Indian journal of veterinary science and animal husbandry - Volume 10,
Year: 1940
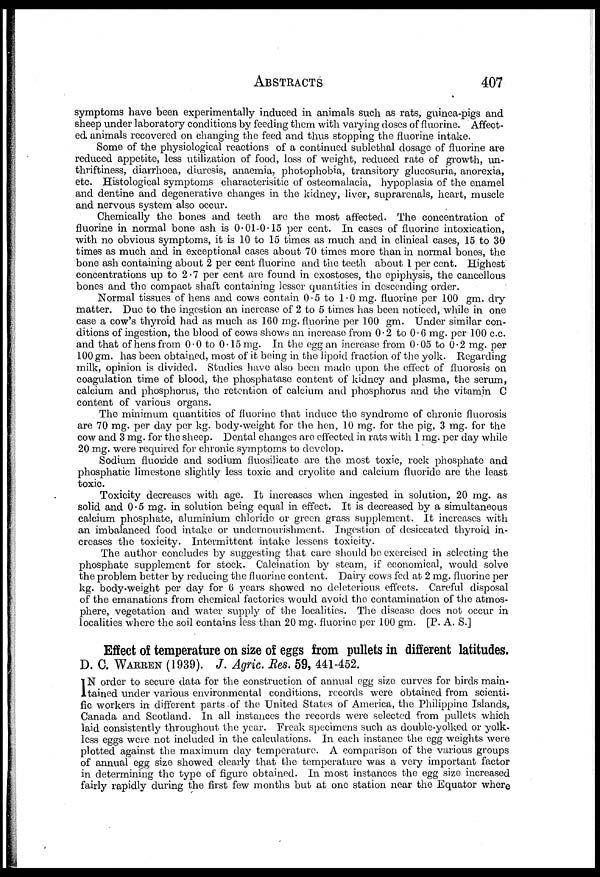
ABSTRACTS 407
symptoms have been experimentally induced in animals such as rats, guinea-pigs and
sheep under laboratory conditions by feeding them with varying doses of fluorine. Affect-
ed animals recovered on changing the feed and thus stopping the fluorine intake.
Some of the physiological reactions of a continued sublethal dosage of fluorine are
reduced appetite, less utilization of food, loss of weight, reduced rate of growth, un¬
thriftiness, diarrhoea, diuresis, anaemia, photophobia, transitory glucosuria, anorexia,
etc. Histological symptoms characteristic of osteomalacia, hypoplasia of the enamel
and dentine and degenerative changes in the kidney, liver, suprarenals, heart, muscle
and nervous system also occur.
Chemically the bones and teeth are the most affected. The concentration of
fluorine in normal bone ash is 0.01-0.15 per cent. In cases of fluorine intoxication,
with no obvious symptoms, it is 10 to 15 times as much and in clinical cases, 15 to 30
times as much and in exceptional cases about 70 times more than in normal bones, the
bone ash containing about 2 per cent fluorine and the teeth about 1 per cent. Highest
concentrations up to 2.7 per cent are found in exostoses, the epiphysis, the cancellous
bones and the compact shaft containing lesser quantities in descending order.
Normal tissues of hens and cows contain 0.5 to 1.0 mg. fluorine per 100 gm. dry
matter. Due to the ingestion an increase of 2 to 5 times has been noticed, while in one
case a cow's thyroid had as much as 160 mg. fluorine per 100 gm. Under similar con-
ditions of ingestion, the blood of cows shows an increase from 0.2 to 0.6 mg. per 100 c.c.
and that of hens from 0.0 to 0.15 mg. In the egg an increase from 0.05 to 0.2 mg. per
100 gm. has been obtained, most of it being in the lipoid fraction of the yolk. Regarding
milk, opinion is divided. Studies have also been made upon the effect of fluorosis on
coagulation time of blood, the phosphatase content of kidney and plasma, the serum,
calcium and phosphorus, the retention of calcium and phosphorus and the vitamin C
content of various organs.
The minimum quantities of fluorine that induce the syndrome of chronic fluorosis
are 70 mg. per day per kg. body-weight for the hen, 10 mg. for the pig, 3 mg. for the
cow and 3 mg. for the sheep. Dental changes are effected in rats with 1 mg. per day while
20 mg. were required for chronic symptoms to develop.
Sodium fluoride and sodium fluosilicate are the most toxic, rock phosphate and
phosphatic limestone slightly less toxic and cryolite and calcium fluoride are the least
toxic.
Toxicity decreases with age. It increases when ingested in solution, 20 mg. as
solid and 0.5 mg. in solution being equal in effect. It is decreased by a simultaneous
calcium phosphate, aluminium chloride or green grass supplement. It increases with
an imbalanced food intake or undernourishment. Ingestion of desiccated thyroid in-
creases the toxicity. Intermittent intake lessens toxicity.
The author concludes by suggesting that care should be exercised in selecting the
phosphate supplement for stock. Calcination by steam, if economical, would solve
the problem better by reducing the fluorine content. Dairy cows fed at 2 mg. fluorine per
kg. body-weight per day for 6 years showed no deleterious effects. Careful disposal
of the emanations from chemical factories would avoid the contamination of the atmos-
phere, vegetation and water supply of the localities. The disease does not occur in
localities where the soil contains less than 20 mg. fluorine per 100 gm. [P. A. S.]
Effect of temperature on size of eggs from pullets in different latitudes.
D. C. WARREN (1939). J. Agric. Res. 59, 441-452.
I N order to secure data for the construction of annual egg size curves for birds main-
tained under various environmental conditions, records were obtained from scienti-
fic workers in different parts of the United States of America, the Philippine Islands,
Canada and Scotland. In all instances the records were selected from pullets which
laid consistently throughout the year. Freak specimens such as double-yolked or yolk¬
less eggs were not included in the calculations. In each instance the egg weights were
plotted against the maximum day temperature. A comparison of the various groups
of annual egg size showed clearly that the temperature was a very important factor
in determining the type of figure obtained. In most instances the egg size increased
fairly rapidly during the first few months but at one station near the Equator where